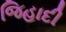
જિહાદી